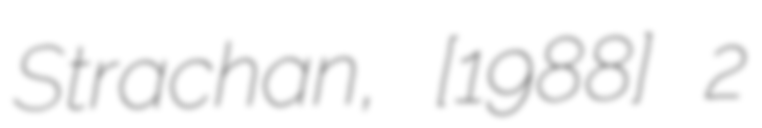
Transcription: Strachan, [1988] 2